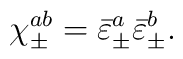
\chi^{ab}_\pm  = \bar{\varepsilon}^{a}_\pm \bar{\varepsilon}^{b}_\pm.